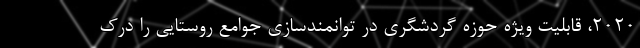
۲۰۲۰، قابلیت ویژه حوزه گردشگری در توانمندسازی جوامع روستایی را درک